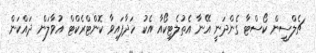
ޗެލްސީން ކޯސްޓާ ގެންދަނީ އޭނާ އެތުލެޓިކޯއާ އެކު ހަދާފައިވާ ކޮންޓްރެކްޓް އުވާލަން ދައްކަން